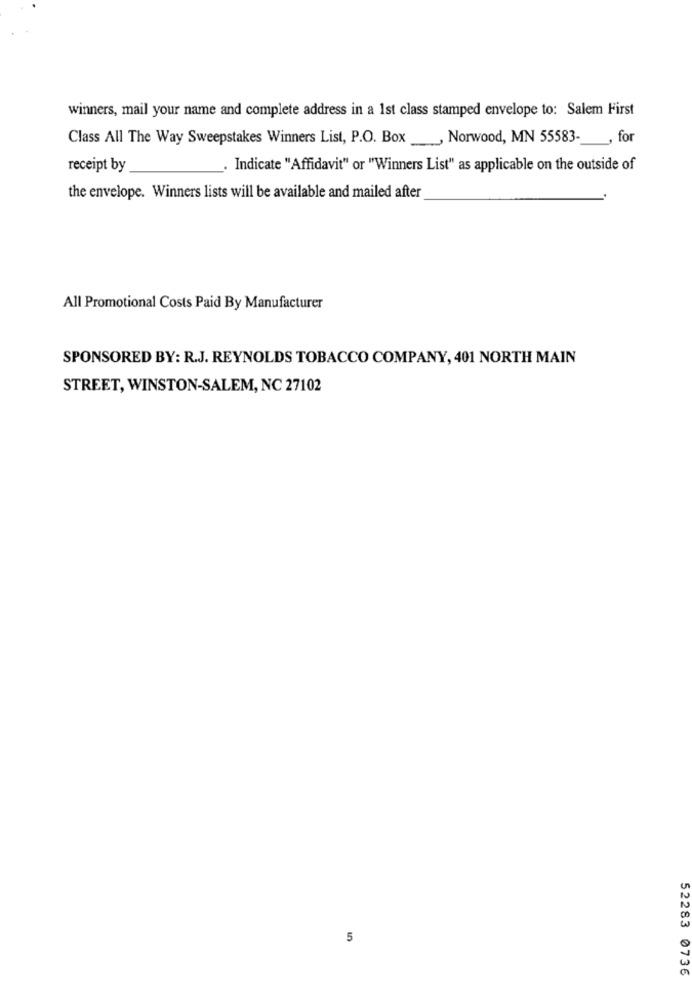
winners, mail your name and complete address in a 1st class stamped envelope to: Salem First
Class All The Way Sweepstakes Winners List, P.O. Box _, Norwood, MN 55583 -_, for
receipt by
Indicate "Affidavit" or "Winners List" as applicable on the outside of
the envelope. Winners lists will be available and mailed after
All Promotional Costs Paid By Manufacturer
SPONSORED BY: R.J. REYNOLDS TOBACCO COMPANY, 401 NORTH MAIN
STREET, WINSTON-SALEM, NC 27102
5
52283 0736